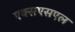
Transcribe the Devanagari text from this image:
एक्सएसएल